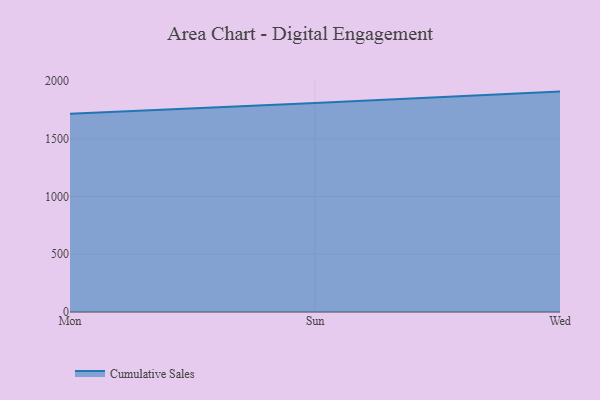
{"axis": {"x": "Day", "y": "Population (Million)"}, "legend": ["Cumulative Sales"], "data": [{"x": "Mon", "y": 1716.0, "type": "Cumulative Sales"}, {"x": "Sun", "y": 1807.5, "type": "Cumulative Sales"}, {"x": "Wed", "y": 1907.2, "type": "Cumulative Sales"}]}